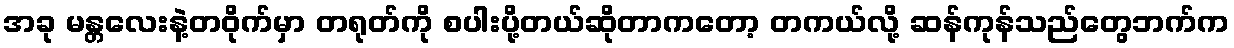
အခု မန္တလေးနဲ့တဝိုက်မှာ တရုတ်ကို စပါးပို့တယ်ဆိုတာကတော့ တကယ်လို့ ဆန်ကုန်သည်တွေဘက်က